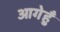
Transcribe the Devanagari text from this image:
आगेहुँ